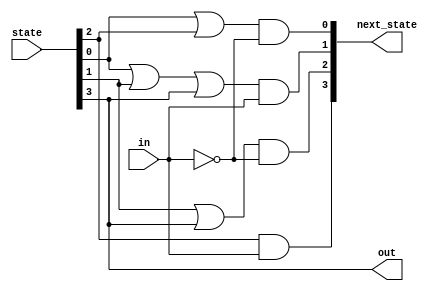
module fsm3onehot (
  input in,
  input [3:0] state,
  output reg [3:0] next_state,
  output out

);
  parameter A=0, B=1, C=2, D=3;

    assign next_state[A] = (state[A] | state[C]) & ~in;
    assign next_state[B] = (state[A] | state[B] | state[D]) & in;
    assign next_state[C] = (state[B] | state[D]) & ~in;
    assign next_state[D] = state[C] & in;

  assign out = (state[D]);

endmodule